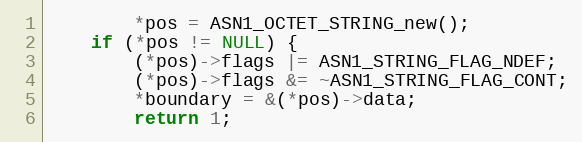
Language: C
        *pos = ASN1_OCTET_STRING_new();
    if (*pos != NULL) {
        (*pos)->flags |= ASN1_STRING_FLAG_NDEF;
        (*pos)->flags &= ~ASN1_STRING_FLAG_CONT;
        *boundary = &(*pos)->data;
        return 1;